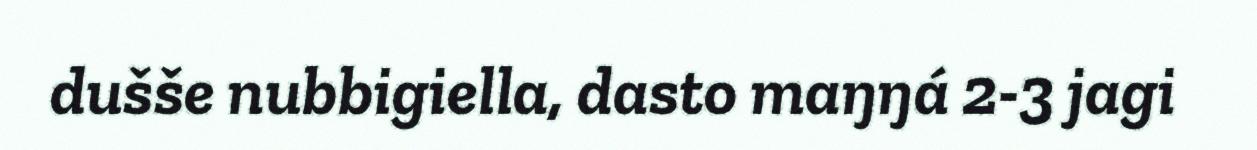
dušše nubbigiella, dasto maŋŋá 2-3 jagi